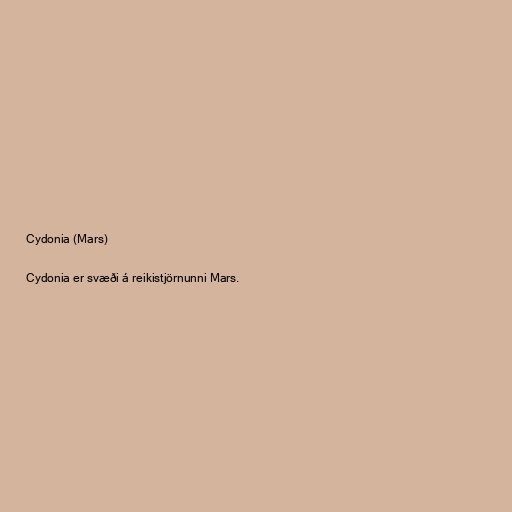
Cydonia (Mars)

Cydonia er svæði á reikistjörnunni Mars.